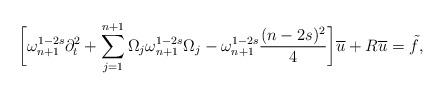
LaTeX: \begin{align*}\bigg[\omega_{n+1}^{1-2s}\partial_{t}^{2}+\sum_{j=1}^{n+1}\Omega_{j}\omega_{n+1}^{1-2s}\Omega_{j}-\omega_{n+1}^{1-2s}\frac{(n-2s)^{2}}{4}\bigg]\overline{u}+R\overline{u}=\tilde{f},\end{align*}